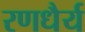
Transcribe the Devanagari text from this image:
रणधैर्य